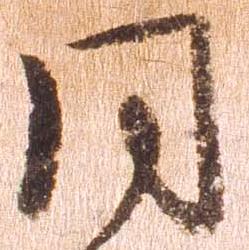
同